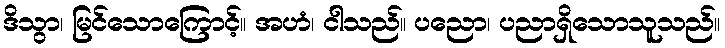
ဒိသွာ၊ မြင်သောကြောင့်။ အဟံ၊ ငါသည်။ ပညော၊ ပညာရှိသောသူသည်။